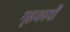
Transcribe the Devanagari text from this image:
गृहकार्यों